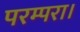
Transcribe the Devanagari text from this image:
परम्परा।